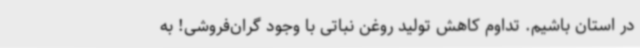
در استان باشیم. تداوم کاهش تولید روغن نباتی با وجود گران‌فروشی! به